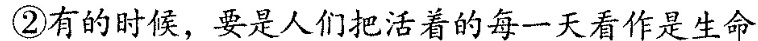
②有的时候，要是人们把活着的每一天看作是生命